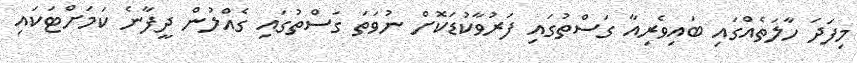
މިފަދަ ހާލަތެއްގައި ބައިވެރިއާ ގަސްތުގައި ފަރުވާކުޑަކޮށް ނުވަތަ ގަސްތުގައި ގެއްލުން ދީފާނެ ކަމަށްޓަކައި